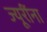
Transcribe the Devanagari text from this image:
ज्यूरींना